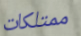
ممتلكات